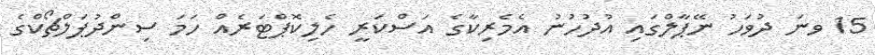
15 ވނަ ދުވަހު ނޭޕާލްގައި އުދުހުނު އެމެރިކާގެ އަސްކަރީ ހެލިކޮޕްޓަރެއް ހަމަ ސިންދުޕަލްޗޯކްގެ